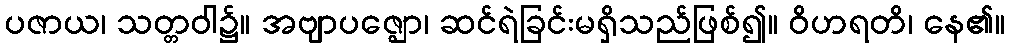
ပဇာယ၊ သတ္တဝါ၌။ အဗျာပဇ္ဈော၊ ဆင်ရဲခြင်းမရှိသည်ဖြစ်၍။ ဝိဟရတိ၊ နေ၏။